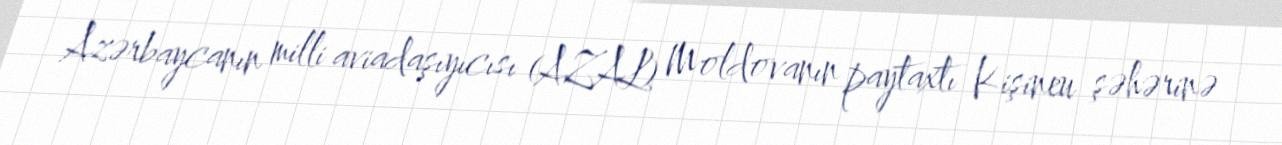
Azərbaycanın milli aviadaşıyıcısı (AZAL) Moldovanın paytaxtı Kişineu şəhərinə